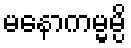
မနောကမ္မမ္ပိ